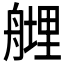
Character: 𱼼